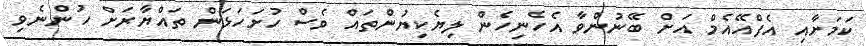
ކަމަށާއި އެފްއޭއެމް އަށް ބޭނުންވާ އެހެނިހެން ލިޔެކިޔުންތައް ވެސް ހުށަހަޅަން ތައްޔާރަށް ހުންނެވި